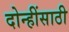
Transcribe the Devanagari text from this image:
दोन्हींसाठी